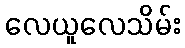
လေယူလေသိမ်း